Indian journal of veterinary science and animal husbandry - Volumes 24-25, 1954-1955
Year: 1954
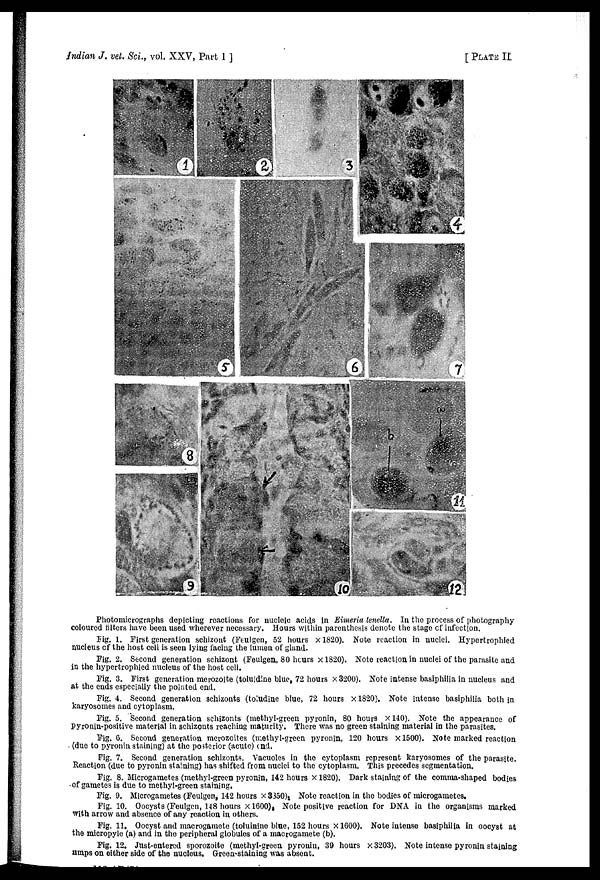
Indian J. vet. Sci., vol. XXV, Part 1]
[PLATE II
Photomicrographs depicting reactions for nucleic acids in Eimeria tenella. In the process of photography
coloured filters have been used wherever necessary. Hours within parenthesis denote the stage of infection.
Fig. 1. First generation schizont (Feulgen, 52 hours × 1820). Note reaction in nuclei. Hypertrophied
nucleus of the host cell is seen lying facing the lumen of gland.
Fig. 2. Second generation schizont (Feulgen, 80 hours × 1820). Note reaction in nuclei of the parasite and
in the hypertrophied nucleus of the host cell.
Fig. 3. First generation merozoite (toluidine blue, 72 hours × 3200). Note intense basiphilia in nucleus and
at the ends especially the pointed end.
Fig. 4. Second generation schizonts (toludine blue, 72 hours × 1820). Note intense basiphilia both in
karyosomes and cytoplasm.
Fig. 5. Second generation schizonts (methyl-green pyronin, 80 hours × 140). Note the appearance of
Pyronin-positive material in schizonts reaching maturity. There was no green staining material in the parasites.
Fig. 6. Second generation merozoites (methyl-green pyronin, 120 hours × 1500). Note marked reaction
(due to pyronin staining) at the posterior (acute) and.
Fig. 7. Second generation schizonts. Vacuoles in the cytoplasm represent karyosomes of the parasite.
Reaction (due to pyronin staining) has shifted from nuclei to the cytoplasm. This precedes segmentation.
Fig. 8. Microgametes (methyl-green pyronin, 142 hours × 1820). Dark staining of the comma-shaped bodies
of gametes is due to methyl-green staining.
Fig. 9. Microgametes (Feulgen, 142 hours × 3350). Note reaction in the bodies of microgametes.
Fig. 10. Oocysts (Feulgen, 148 hours × 1600). Note positive reaction for DNA in the organisms marked
with arrow and absence of any reaction in others.
Fig. 11. Oocyst and macrogamete (toluinine blue, 152 hours × 1600). Note intense basiphilia in oocyst at
the micropyle (a) and in the peripheral globules of a macrogamete (b).
Fig. 12. Just-entered sporozoite (methyl-green pyronin, 39 hours × 3203). Note intense pyronin staining
umps on either side of the nucleus. Green-staining was absent.